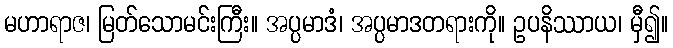
မဟာရာဇ၊ မြတ်သောမင်းကြီး။ အပ္ပမာဒံ၊ အပ္ပမာဒတရားကို။ ဥပနိဿာယ၊ မှီ၍။